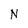
Character: N